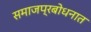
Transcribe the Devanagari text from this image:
समाजप्रबोधनात